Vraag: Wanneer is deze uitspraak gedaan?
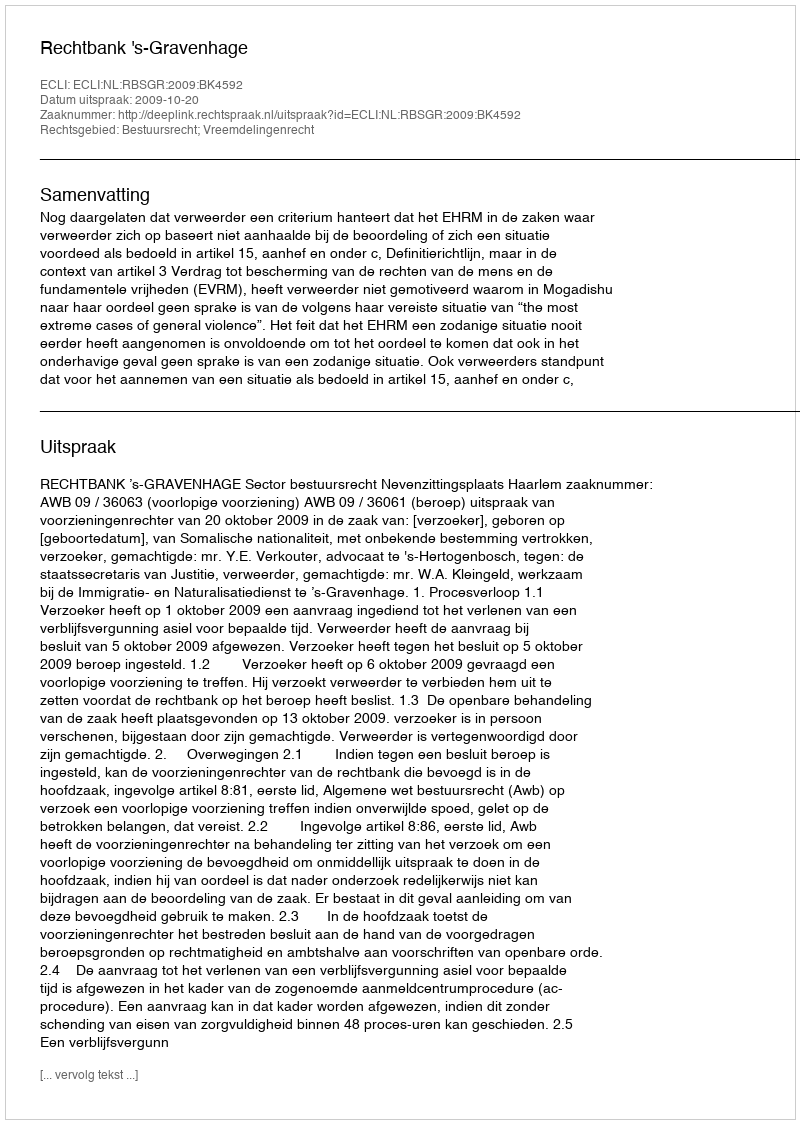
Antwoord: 2009-10-20